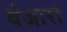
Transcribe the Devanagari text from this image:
वंजारा